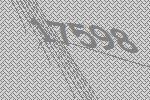
17598